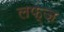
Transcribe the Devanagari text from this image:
लफ्ज